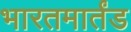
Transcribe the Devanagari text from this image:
भारतमार्तंड